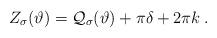
LaTeX: \begin{align*}Z_{\sigma }(\vartheta )={\cal Q}_{\sigma }(\vartheta )+\pi \delta +2\pi k\: .\end{align*}